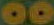
00